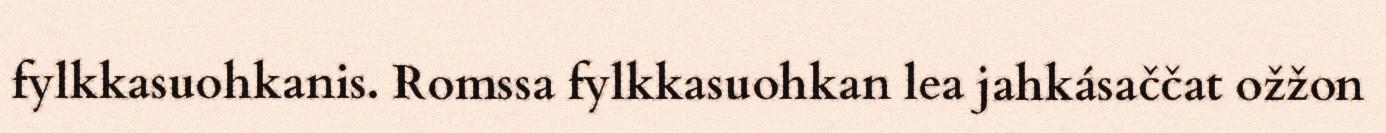
fylkkasuohkanis. Romssa fylkkasuohkan lea jahkásaččat ožžon